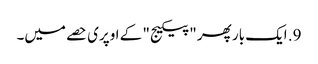
9. ایک بار پھر "پیکیج" کے اوپری حصے میں۔